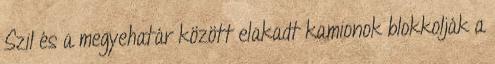
Szil és a megyehatár között elakadt kamionok blokkolják a